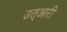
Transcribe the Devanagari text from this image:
उत्आरी